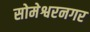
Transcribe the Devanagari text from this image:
सोमेश्वरनगर